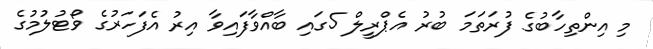
މި އިންތިހާބުގެ ފުރަތަމަ ބުރު އެޕްރީލް 5ގައި ބާއްވާފައިވާ އިރު އެފަހަރުގެ ވޯޓުލުމުގެ